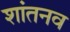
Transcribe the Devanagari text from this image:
शांतनव